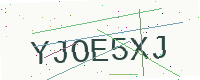
Text: YJOE5XJ